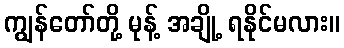
ကျွန်တော်တို့ မုန့် အချို့ ရနိုင်မလား။